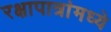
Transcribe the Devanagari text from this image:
रक्षापात्रांमध्ये